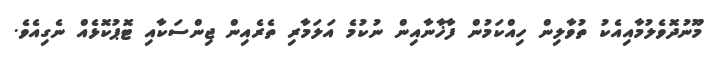
މޫނުދޮވެލުމާއިއެކު ތުވާލިން ހިއްކަމުން ފާޚާނާއިން ނުކުމެ އަލަމާރި ތެރެއިން ޖިންސަކާއި ޓޮޕުކޮޅެއް ނެގިއެވެ.